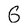
Character: 6